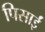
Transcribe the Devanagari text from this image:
पिसाईं